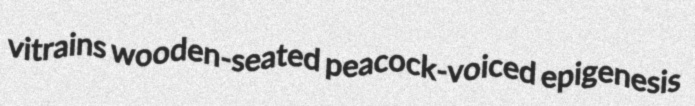
vitrains wooden-seated peacock-voiced epigenesis